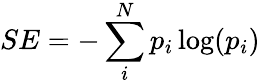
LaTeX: SE=-\sum_{i}^{N}p_{i}\log(p_{i})